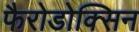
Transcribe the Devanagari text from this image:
फैरोडोक्सिन